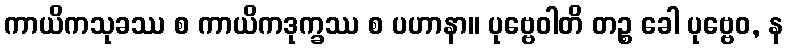
ကာယိကသုခဿ စ ကာယိကဒုက္ခဿ စ ပဟာနာ။ ပုဗ္ဗေဝါတိ တဉ္စ ခေါ ပုဗ္ဗေဝ, န